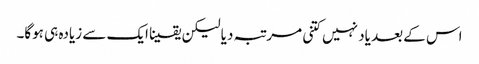
اس کے بعد یاد نہیں کتنی مرتبہ دیا لیکن یقینا ایک سے زیادہ ہی ہوگا۔